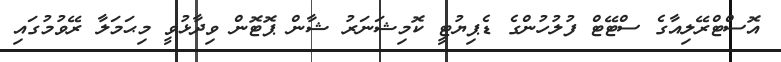
އޮސްޓްރޭލިއާގެ ސްޓޭޓް ފުލުހުންގެ ޑެޕިޔުޓީ ކޮމިޝަނަރު ޝާން ޕޮޓޮން ވިދާޅުވީ މިޙަމަލާ ރޭވުމުގައި